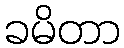
ခမိတာ